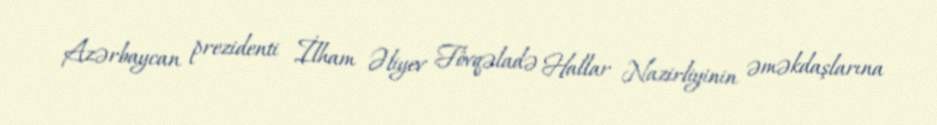
Azərbaycan prezidenti İlham Əliyev Fövqəladə Hallar Nazirliyinin əməkdaşlarına